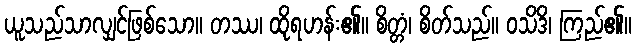
ယူသည်သာလျှင်ဖြစ်သော။ တဿ၊ ထိုရဟန်း၏။ စိတ္တံ၊ စိတ်သည်။ ဝသိဒိ၊ ကြည်၏။